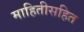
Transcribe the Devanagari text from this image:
माहितीसहित